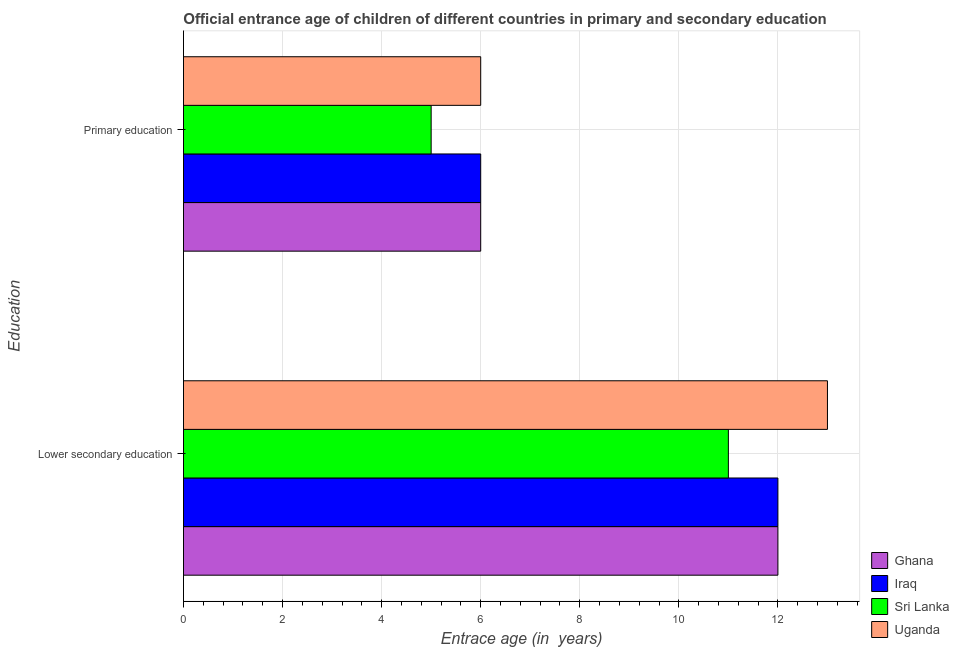
| Education | Ghana | Iraq | Sri Lanka | Uganda |
 | --- | --- | --- | --- | --- |
 | Lower secondary education | 12 | 12 | 11 | 13 |
 | Primary education | 6 | 6 | 5 | 6 |